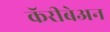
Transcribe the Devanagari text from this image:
कॅरीबेअन